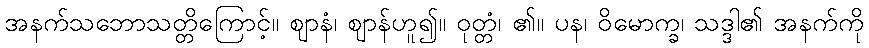
အနက်သဘောသတ္တိကြောင့်။ ဈာနံ၊ ဈာန်ဟူ၍။ ဝုတ္တံ၊ ၏။ ပန၊ ဝိမောက္ခ၊ သဒ္ဒါ၏ အနက်ကို